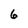
Character: 6